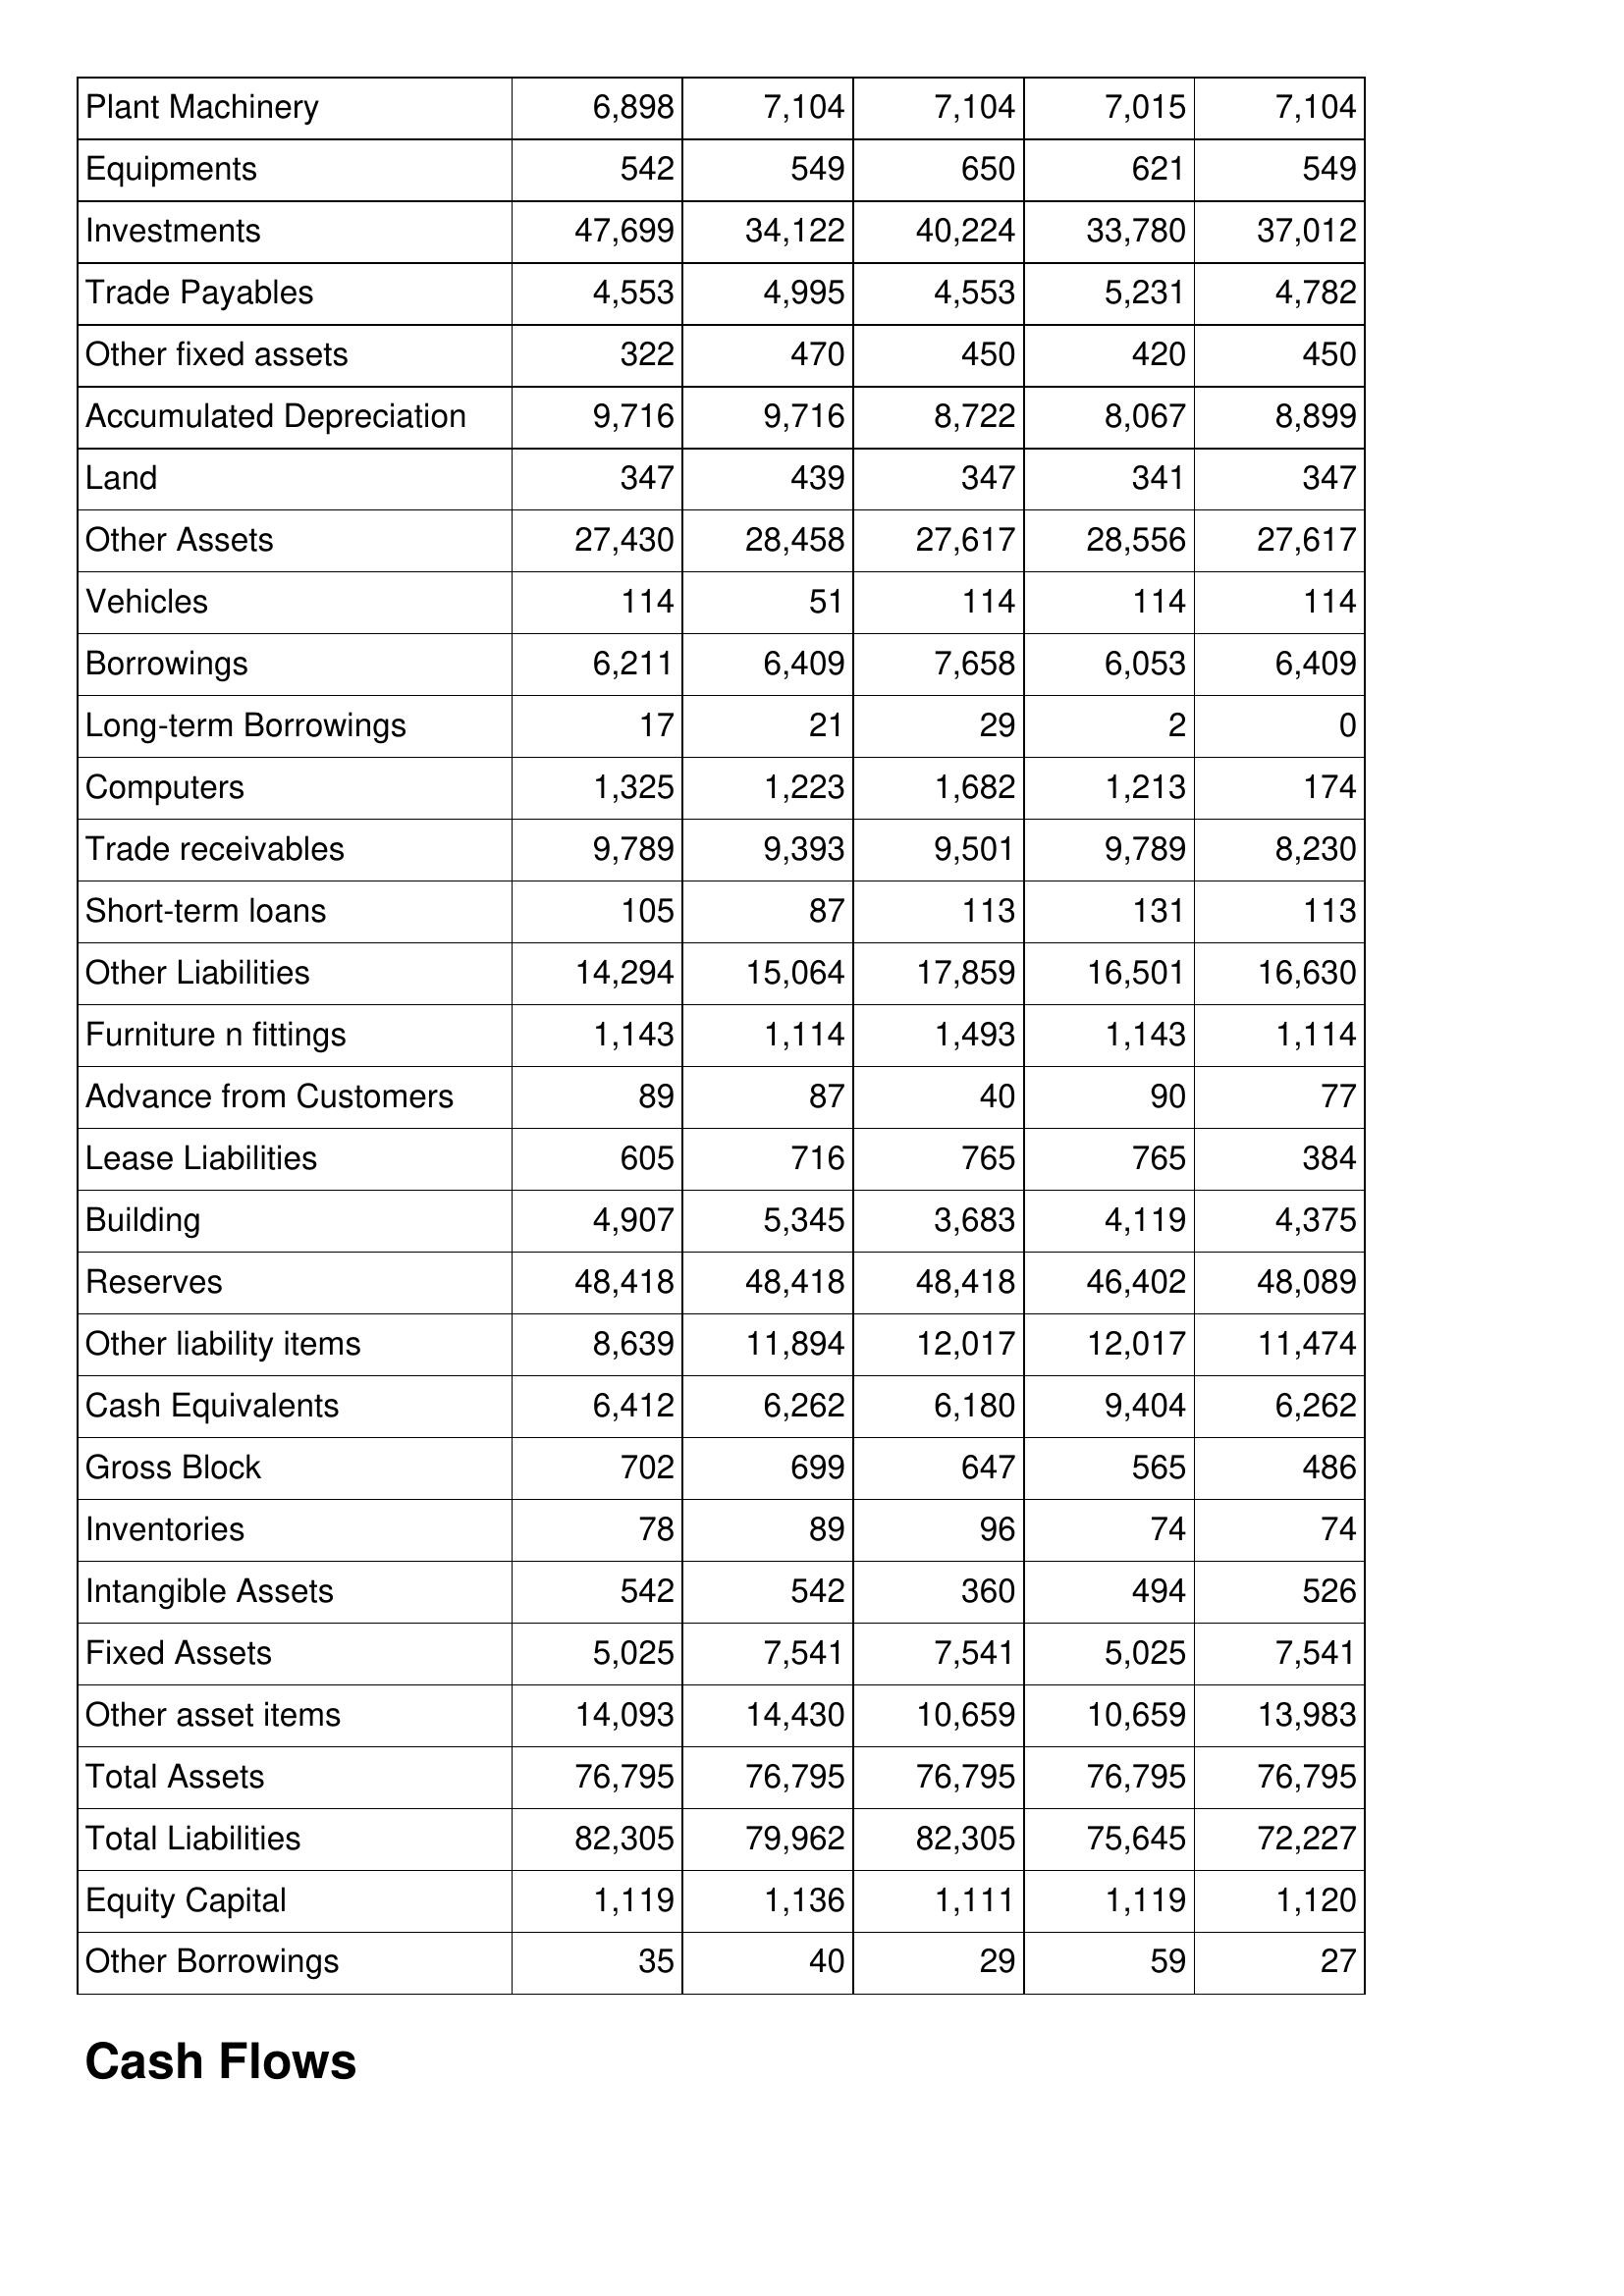
Jul-20: Balance Sheet: Plant Machinery: 6,898
Equipments: 542
Investments: 47,699
Trade Payables: 4,553
Other fixed assets: 322
Accumulated Depreciation: 9,716
Land: 347
Other Assets: 27,430
Vehicles: 114
Borrowings: 6,211
Long-term Borrowings: 17
Computers: 1,325
Trade receivables: 9,789
Short-term loans: 105
Other Liabilities: 14,294
Furniture n fittings: 1,143
Advance from Customers: 89
Lease Liabilities: 605
Building: 4,907
Reserves: 48,418
Other liability items: 8,639
Cash Equivalents: 6,412
Gross Block: 702
Inventories: 78
Intangible Assets: 542
Fixed Assets: 5,025
Other asset items: 14,093
Total Assets: 76,795
Total Liabilities: 82,305
Equity Capital: 1,119
Other Borrowings: 35
Jul-19: Balance Sheet: Plant Machinery: 7,104
Equipments: 549
Investments: 34,122
Trade Payables: 4,995
Other fixed assets: 470
Accumulated Depreciation: 9,716
Land: 439
Other Assets: 28,458
Vehicles: 51
Borrowings: 6,409
Long-term Borrowings: 21
Computers: 1,223
Trade receivables: 9,393
Short-term loans: 87
Other Liabilities: 15,064
Furniture n fittings: 1,114
Advance from Customers: 87
Lease Liabilities: 716
Building: 5,345
Reserves: 48,418
Other liability items: 11,894
Cash Equivalents: 6,262
Gross Block: 699
Inventories: 89
Intangible Assets: 542
Fixed Assets: 7,541
Other asset items: 14,430
Total Assets: 76,795
Total Liabilities: 79,962
Equity Capital: 1,136
Other Borrowings: 40
Jul-18: Balance Sheet: Plant Machinery: 7,104
Equipments: 650
Investments: 40,224
Trade Payables: 4,553
Other fixed assets: 450
Accumulated Depreciation: 8,722
Land: 347
Other Assets: 27,617
Vehicles: 114
Borrowings: 7,658
Long-term Borrowings: 29
Computers: 1,682
Trade receivables: 9,501
Short-term loans: 113
Other Liabilities: 17,859
Furniture n fittings: 1,493
Advance from Customers: 40
Lease Liabilities: 765
Building: 3,683
Reserves: 48,418
Other liability items: 12,017
Cash Equivalents: 6,180
Gross Block: 647
Inventories: 96
Intangible Assets: 360
Fixed Assets: 7,541
Other asset items: 10,659
Total Assets: 76,795
Total Liabilities: 82,305
Equity Capital: 1,111
Other Borrowings: 29
Jul-17: Balance Sheet: Plant Machinery: 7,015
Equipments: 621
Investments: 33,780
Trade Payables: 5,231
Other fixed assets: 420
Accumulated Depreciation: 8,067
Land: 341
Other Assets: 28,556
Vehicles: 114
Borrowings: 6,053
Long-term Borrowings: 2
Computers: 1,213
Trade receivables: 9,789
Short-term loans: 131
Other Liabilities: 16,501
Furniture n fittings: 1,143
Advance from Customers: 90
Lease Liabilities: 765
Building: 4,119
Reserves: 46,402
Other liability items: 12,017
Cash Equivalents: 9,404
Gross Block: 565
Inventories: 74
Intangible Assets: 494
Fixed Assets: 5,025
Other asset items: 10,659
Total Assets: 76,795
Total Liabilities: 75,645
Equity Capital: 1,119
Other Borrowings: 59
Jul-16: Balance Sheet: Plant Machinery: 7,104
Equipments: 549
Investments: 37,012
Trade Payables: 4,782
Other fixed assets: 450
Accumulated Depreciation: 8,899
Land: 347
Other Assets: 27,617
Vehicles: 114
Borrowings: 6,409
Long-term Borrowings: 0
Computers: 174
Trade receivables: 8,230
Short-term loans: 113
Other Liabilities: 16,630
Furniture n fittings: 1,114
Advance from Customers: 77
Lease Liabilities: 384
Building: 4,375
Reserves: 48,089
Other liability items: 11,474
Cash Equivalents: 6,262
Gross Block: 486
Inventories: 74
Intangible Assets: 526
Fixed Assets: 7,541
Other asset items: 13,983
Total Assets: 76,795
Total Liabilities: 72,227
Equity Capital: 1,120
Other Borrowings: 27